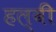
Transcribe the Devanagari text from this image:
हल्वी